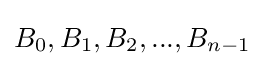
B_{0},B_{1},B_{2},...,B_{n-1}